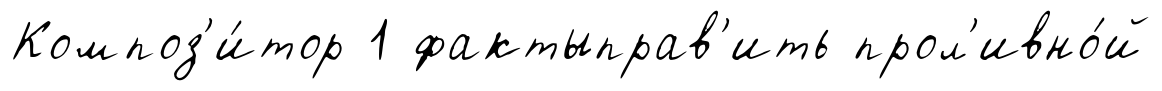
Композ'и́тор 1 фактыправ'ить прол'ивно́й